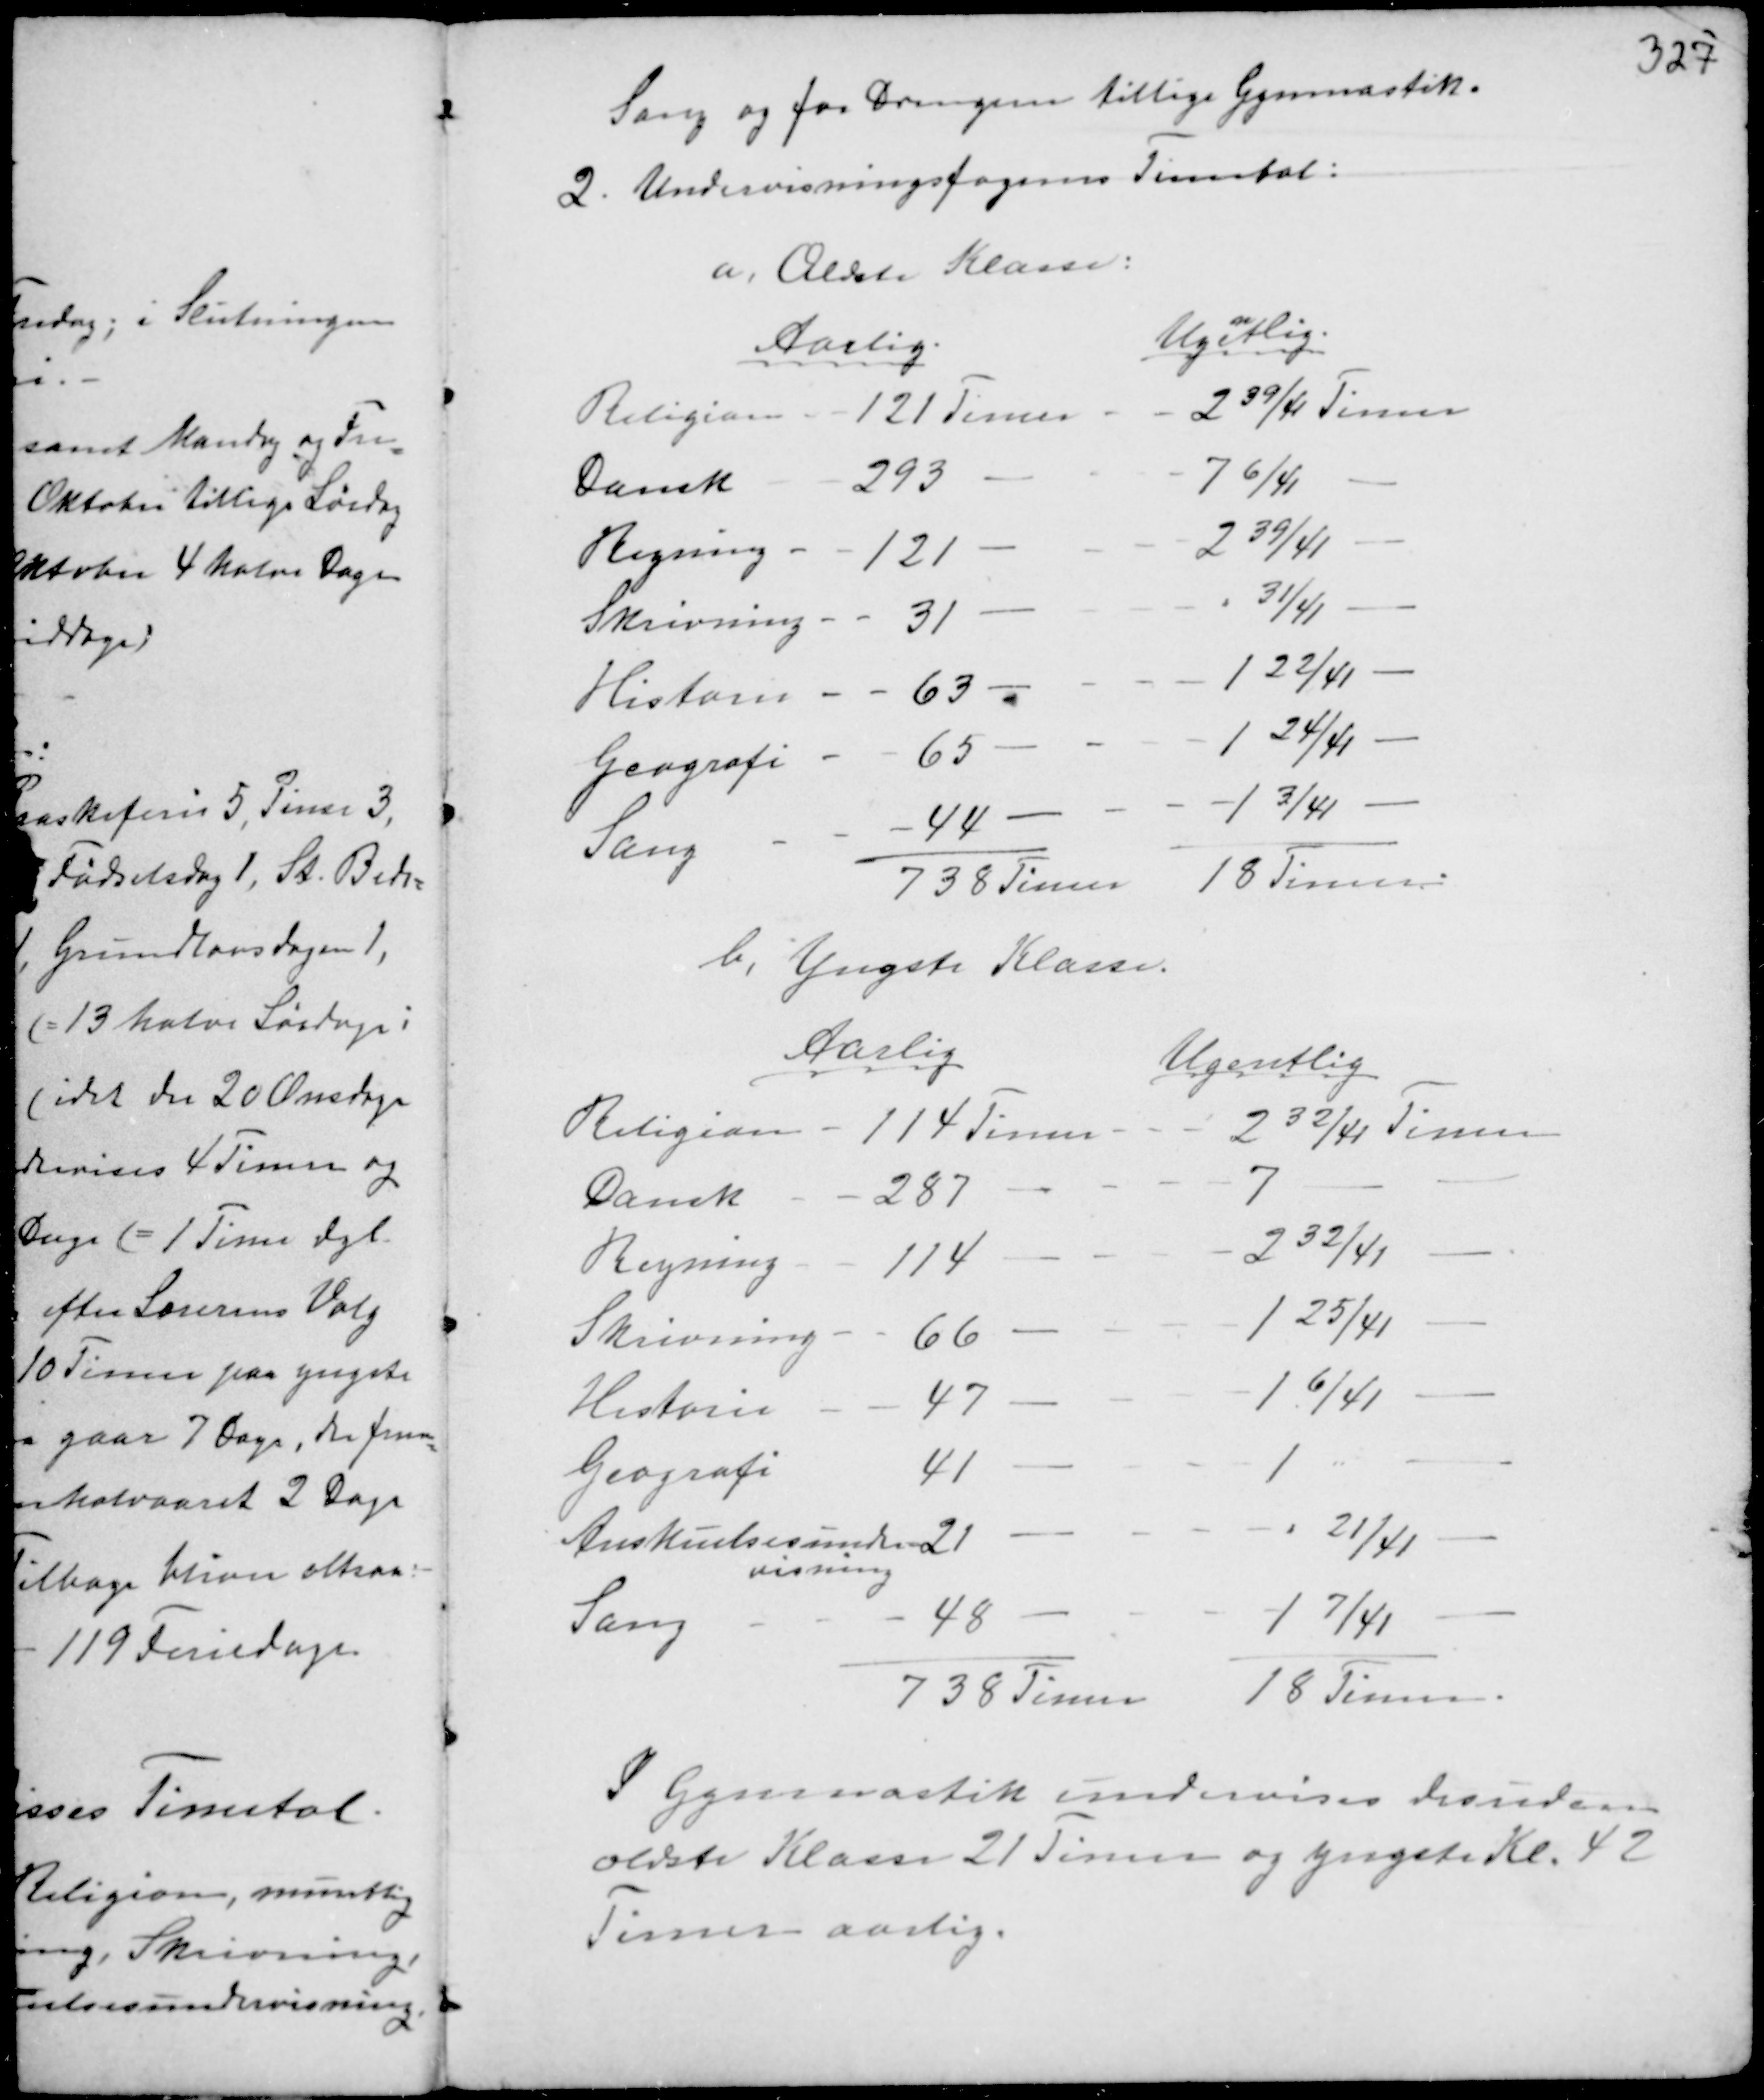
Transskription:
Sang og for Drengene tillige Gymnastik.
2. Undervisningsfagenes Timetal:
a, Ældste Klasse:

b, Yngste Klasse.

I Gymnastik undervises desuden
ældste Klasse 21 Timer og yngste Kl. 42
Timer aarlig.